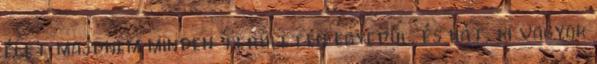
élet majdnem minden területén egyedül, és hát, ki vagyok